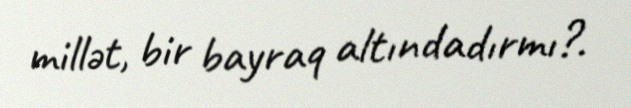
millət, bir bayraq altındadırmı?.